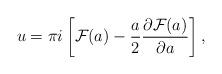
LaTeX: \begin{align*}u=\pi i \left[{\cal F}(a)-{a\over 2}{\partial {\cal F}(a)\over \partial a}\right],\end{align*}